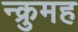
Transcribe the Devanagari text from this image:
न्क्रुमह